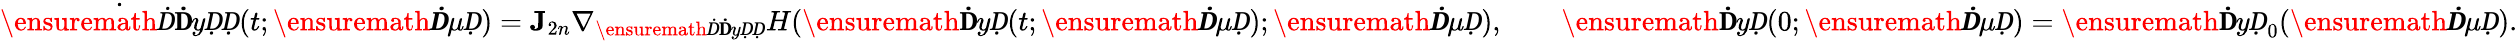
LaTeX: \dot{\ensuremath Ḋ\mathbf ḊyḌḌ}(t;\ensuremath{\boldsymbol Ḋ\mu Ḍ})=\mathbf J_{2n}\nabla_{\ensuremath Ḋ\mathbf ḊyḌḌ}H(\ensuremath{\mathbf ḊyḌ}(t;\ensuremath{\boldsymbol Ḋ\mu Ḍ});\ensuremath{\boldsymbol Ḋ\mu Ḍ}),\qquad\ensuremath{\mathbf ḊyḌ}(0;\ensuremath{\boldsymbol Ḋ\mu Ḍ})=\ensuremath{\mathbf ḊyḌ}_{0}(\ensuremath{\boldsymbol Ḋ\mu Ḍ}).